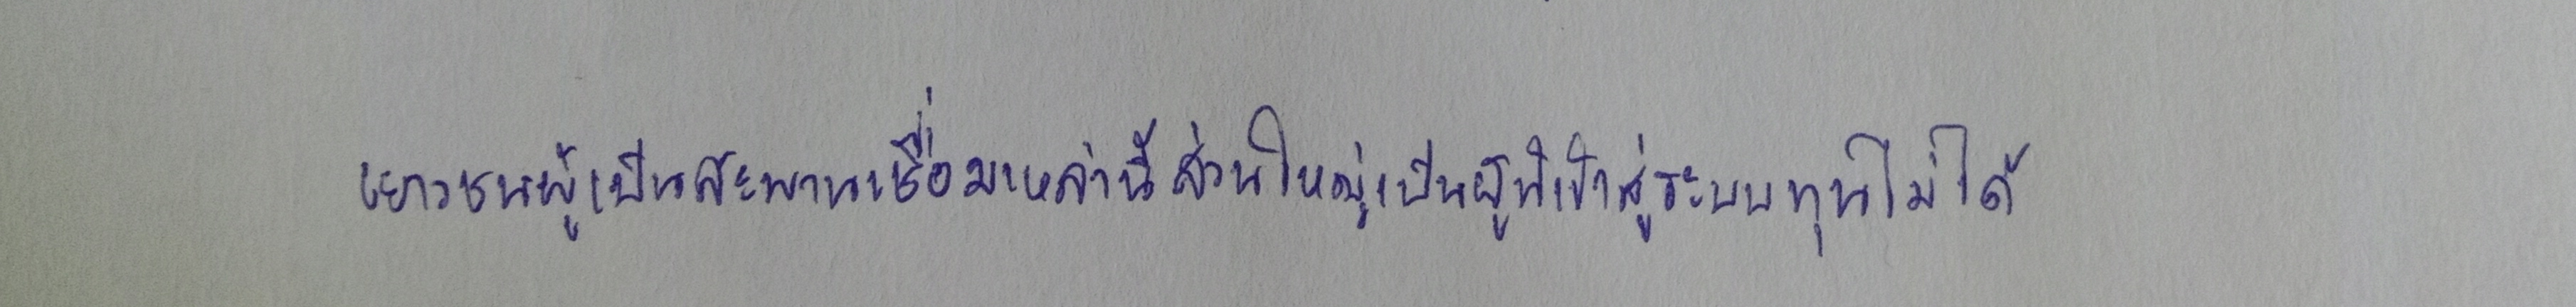
เยาวชนผู้เป็นสะพานเชื่อมเหล่านี้ส่วนใหญ่เป็นผู้ที่เข้าสู่ระบบทุนไม่ได้